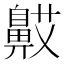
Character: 𬹯